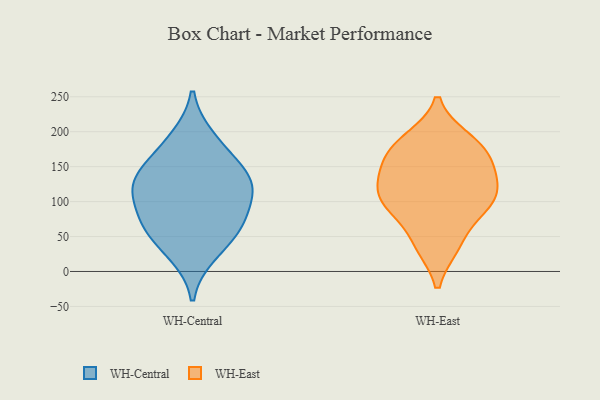
{"axis": {"x": "Operating Costs (USD K)", "y": "Value"}, "legend": ["WH-Central", "WH-East"], "data": [{"x": "", "y": 125, "type": "WH-Central"}, {"x": "", "y": 77, "type": "WH-Central"}, {"x": "", "y": 129, "type": "WH-Central"}, {"x": "", "y": 191, "type": "WH-Central"}, {"x": "", "y": 25, "type": "WH-Central"}, {"x": "", "y": 63, "type": "WH-Central"}, {"x": "", "y": 163, "type": "WH-Central"}, {"x": "", "y": 60, "type": "WH-Central"}, {"x": "", "y": 108, "type": "WH-Central"}, {"x": "", "y": 130, "type": "WH-Central"}, {"x": "", "y": 112, "type": "WH-East"}, {"x": "", "y": 86, "type": "WH-East"}, {"x": "", "y": 96, "type": "WH-East"}, {"x": "", "y": 129, "type": "WH-East"}, {"x": "", "y": 156, "type": "WH-East"}, {"x": "", "y": 175, "type": "WH-East"}, {"x": "", "y": 93, "type": "WH-East"}, {"x": "", "y": 186, "type": "WH-East"}, {"x": "", "y": 109, "type": "WH-East"}, {"x": "", "y": 37, "type": "WH-East"}, {"x": "", "y": 189, "type": "WH-East"}, {"x": "", "y": 136, "type": "WH-East"}, {"x": "", "y": 158, "type": "WH-East"}, {"x": "", "y": 37, "type": "WH-East"}]}